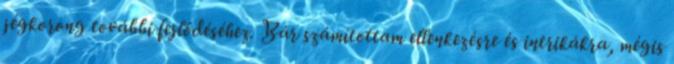
jégkorong további fejlődéséhez. Bár számítottam ellenkezésre és intrikákra, mégis